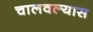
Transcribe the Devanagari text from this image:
चालवल्यास